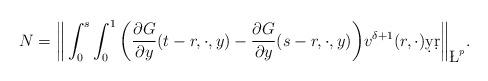
LaTeX: \begin{align*}N= \bigg\|\int_{0}^{s}\int_{0}^{1}\bigg(\frac{\partial G}{\partial y}(t-r,\cdot,y)-\frac{\partial G}{\partial y}(s-r,\cdot,y)\bigg)v^{\delta+1}(r,\cdot)\d y\d r\bigg\|_{\L^p}.\end{align*}